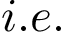
i . e .